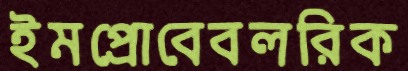
ইমপ্রোবেবলরিক